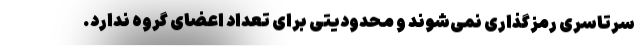
سرتاسری رمزگذاری نمی‌شوند و محدودیتی برای تعداد اعضای گروه ندارد.